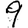
Digit: 9